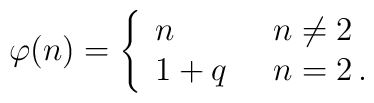
\varphi (n) = \left\{              \begin{array}{ll}              n & \;\; n \neq 2 \\              1+q & \;\; n=2 \,.            \end{array}              \right.